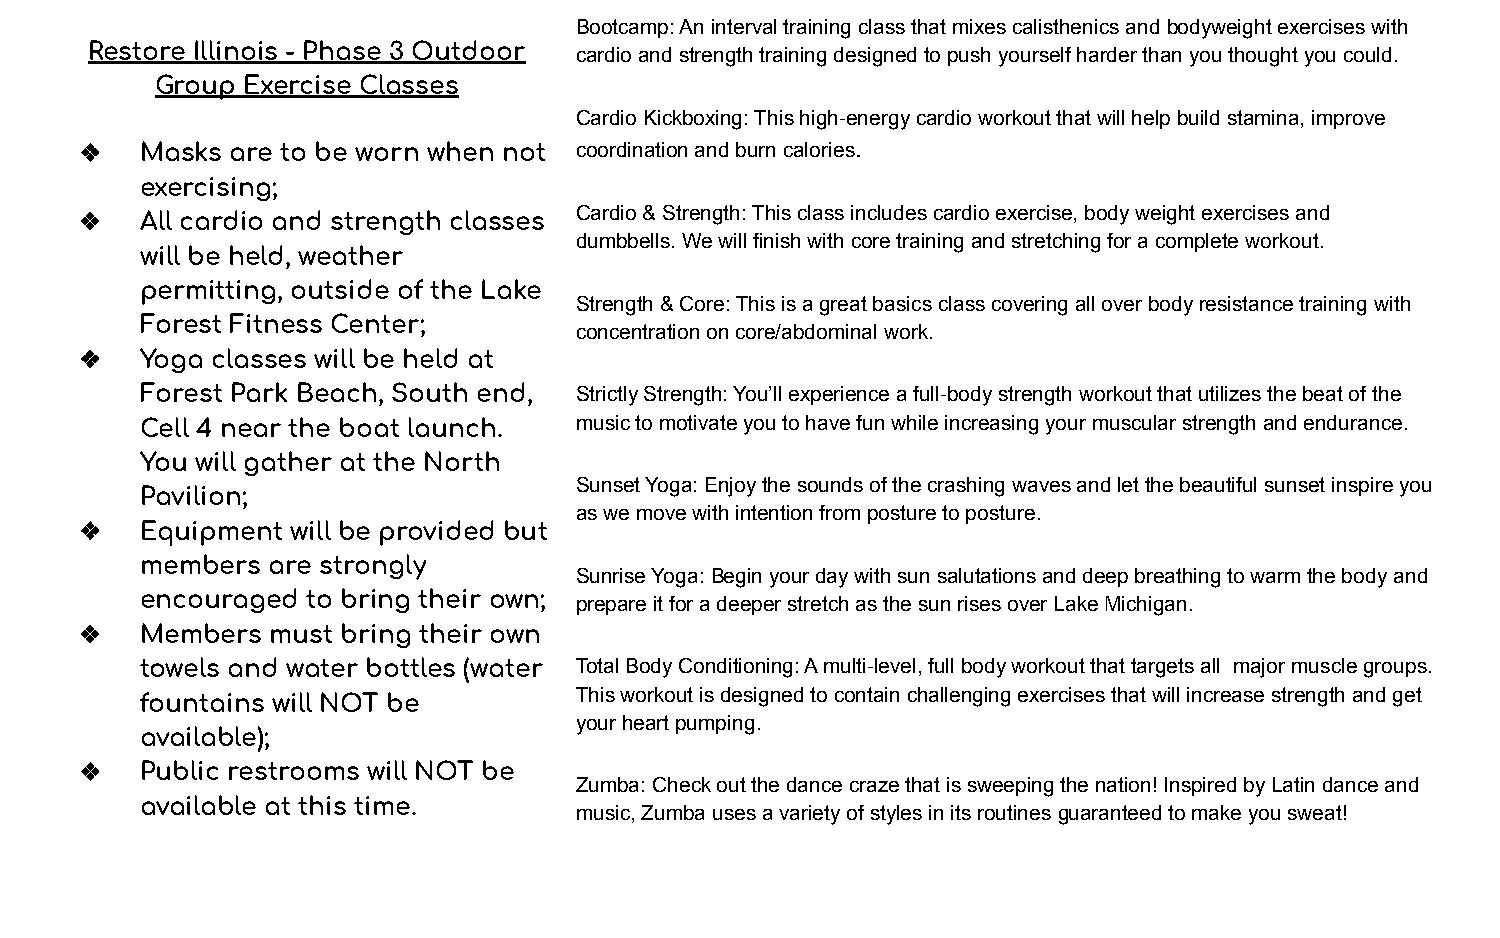
Bootcamp: An interval training class that mixes calisthenics and bodyweight exercises with
 Restore Illinois - Phase 3 Outdoor cardio and strength training designed to push yourself harder than you thought you could.
 Group Exercise Classes
 Cardio Kickboxing: This high-energy cardio workout that will help build stamina, improve
 ❖   Masks are to be worn when not coordination and burn calories.
 exercising;
 ❖   All cardio and strength classes Cardio & Strength: This class includes cardio exercise, body weight exercises and
 dumbbells. We will finish with core training and stretching for a complete workout.
 will be held, weather
 permitting, outside of the Lake
 Strength & Core: This is a great basics class covering all over body resistance training with
 Forest Fitness Center;
 concentration on core/abdominal work.
 ❖   Yoga classes will be held at
 Forest Park Beach, South end, Strictly Strength: You’ll experience a full-body strength workout that utilizes the beat of the
 Cell 4 near the boat launch. music to motivate you to have fun while increasing your muscular strength and endurance.
 You will gather at the North
 Sunset Yoga: Enjoy the sounds of the crashing waves and let the beautiful sunset inspire you
 Pavilion;
 as we move with intention from posture to posture.
 ❖   Equipment will be provided but
 members  are strongly
 Sunrise Yoga: Begin your day with sun salutations and deep breathing to warm the body and
 encouraged to bring their own; prepare it for a deeper stretch as the sun rises over Lake Michigan.
 ❖   Members  must bring their own
 towels and water bottles (water Total Body Conditioning: A multi-level, full body workout that targets all major muscle groups.
 This workout is designed to contain challenging exercises that will increase strength and get
 fountains will NOT be
 your heart pumping.
 available);
 ❖   Public restrooms will NOT be
 Zumba: Check out the dance craze that is sweeping the nation! Inspired by Latin dance and
 available at this time.
 music, Zumba uses a variety of styles in its routines guaranteed to make you sweat!